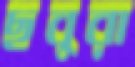
ছবুরা